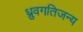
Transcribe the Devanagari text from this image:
ध्रुवगतिजन्य